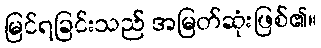
မြင်ရခြင်းသည် အမြတ်ဆုံးဖြစ်၏။